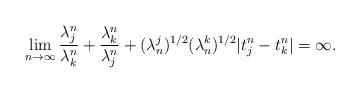
LaTeX: \begin{align*}\lim_{n \rightarrow \infty} \frac{\lambda_{j}^{n}}{\lambda_{k}^{n}} + \frac{\lambda_{k}^{n}}{\lambda_{j}^{n}} + (\lambda_{n}^{j})^{1/2} (\lambda_{n}^{k})^{1/2} |t_{j}^{n} - t_{k}^{n}| = \infty.\end{align*}